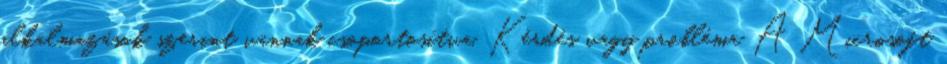
alkalmazások szerint vannak csoportosítva. Kérdés vagy probléma A Microsoft